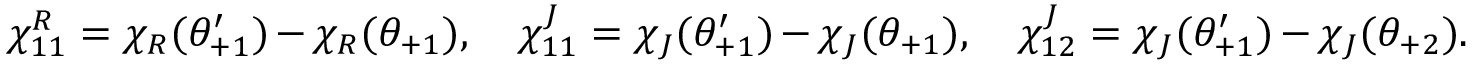
\chi _ { 1 1 } ^ { R } = \chi _ { R } ( \theta _ { + 1 } ^ { \prime } ) - \chi _ { R } ( \theta _ { + 1 } ) , \quad \chi _ { 1 1 } ^ { J } = \chi _ { J } ( \theta _ { + 1 } ^ { \prime } ) - \chi _ { J } ( \theta _ { + 1 } ) , \quad \chi _ { 1 2 } ^ { J } = \chi _ { J } ( \theta _ { + 1 } ^ { \prime } ) - \chi _ { J } ( \theta _ { + 2 } ) .